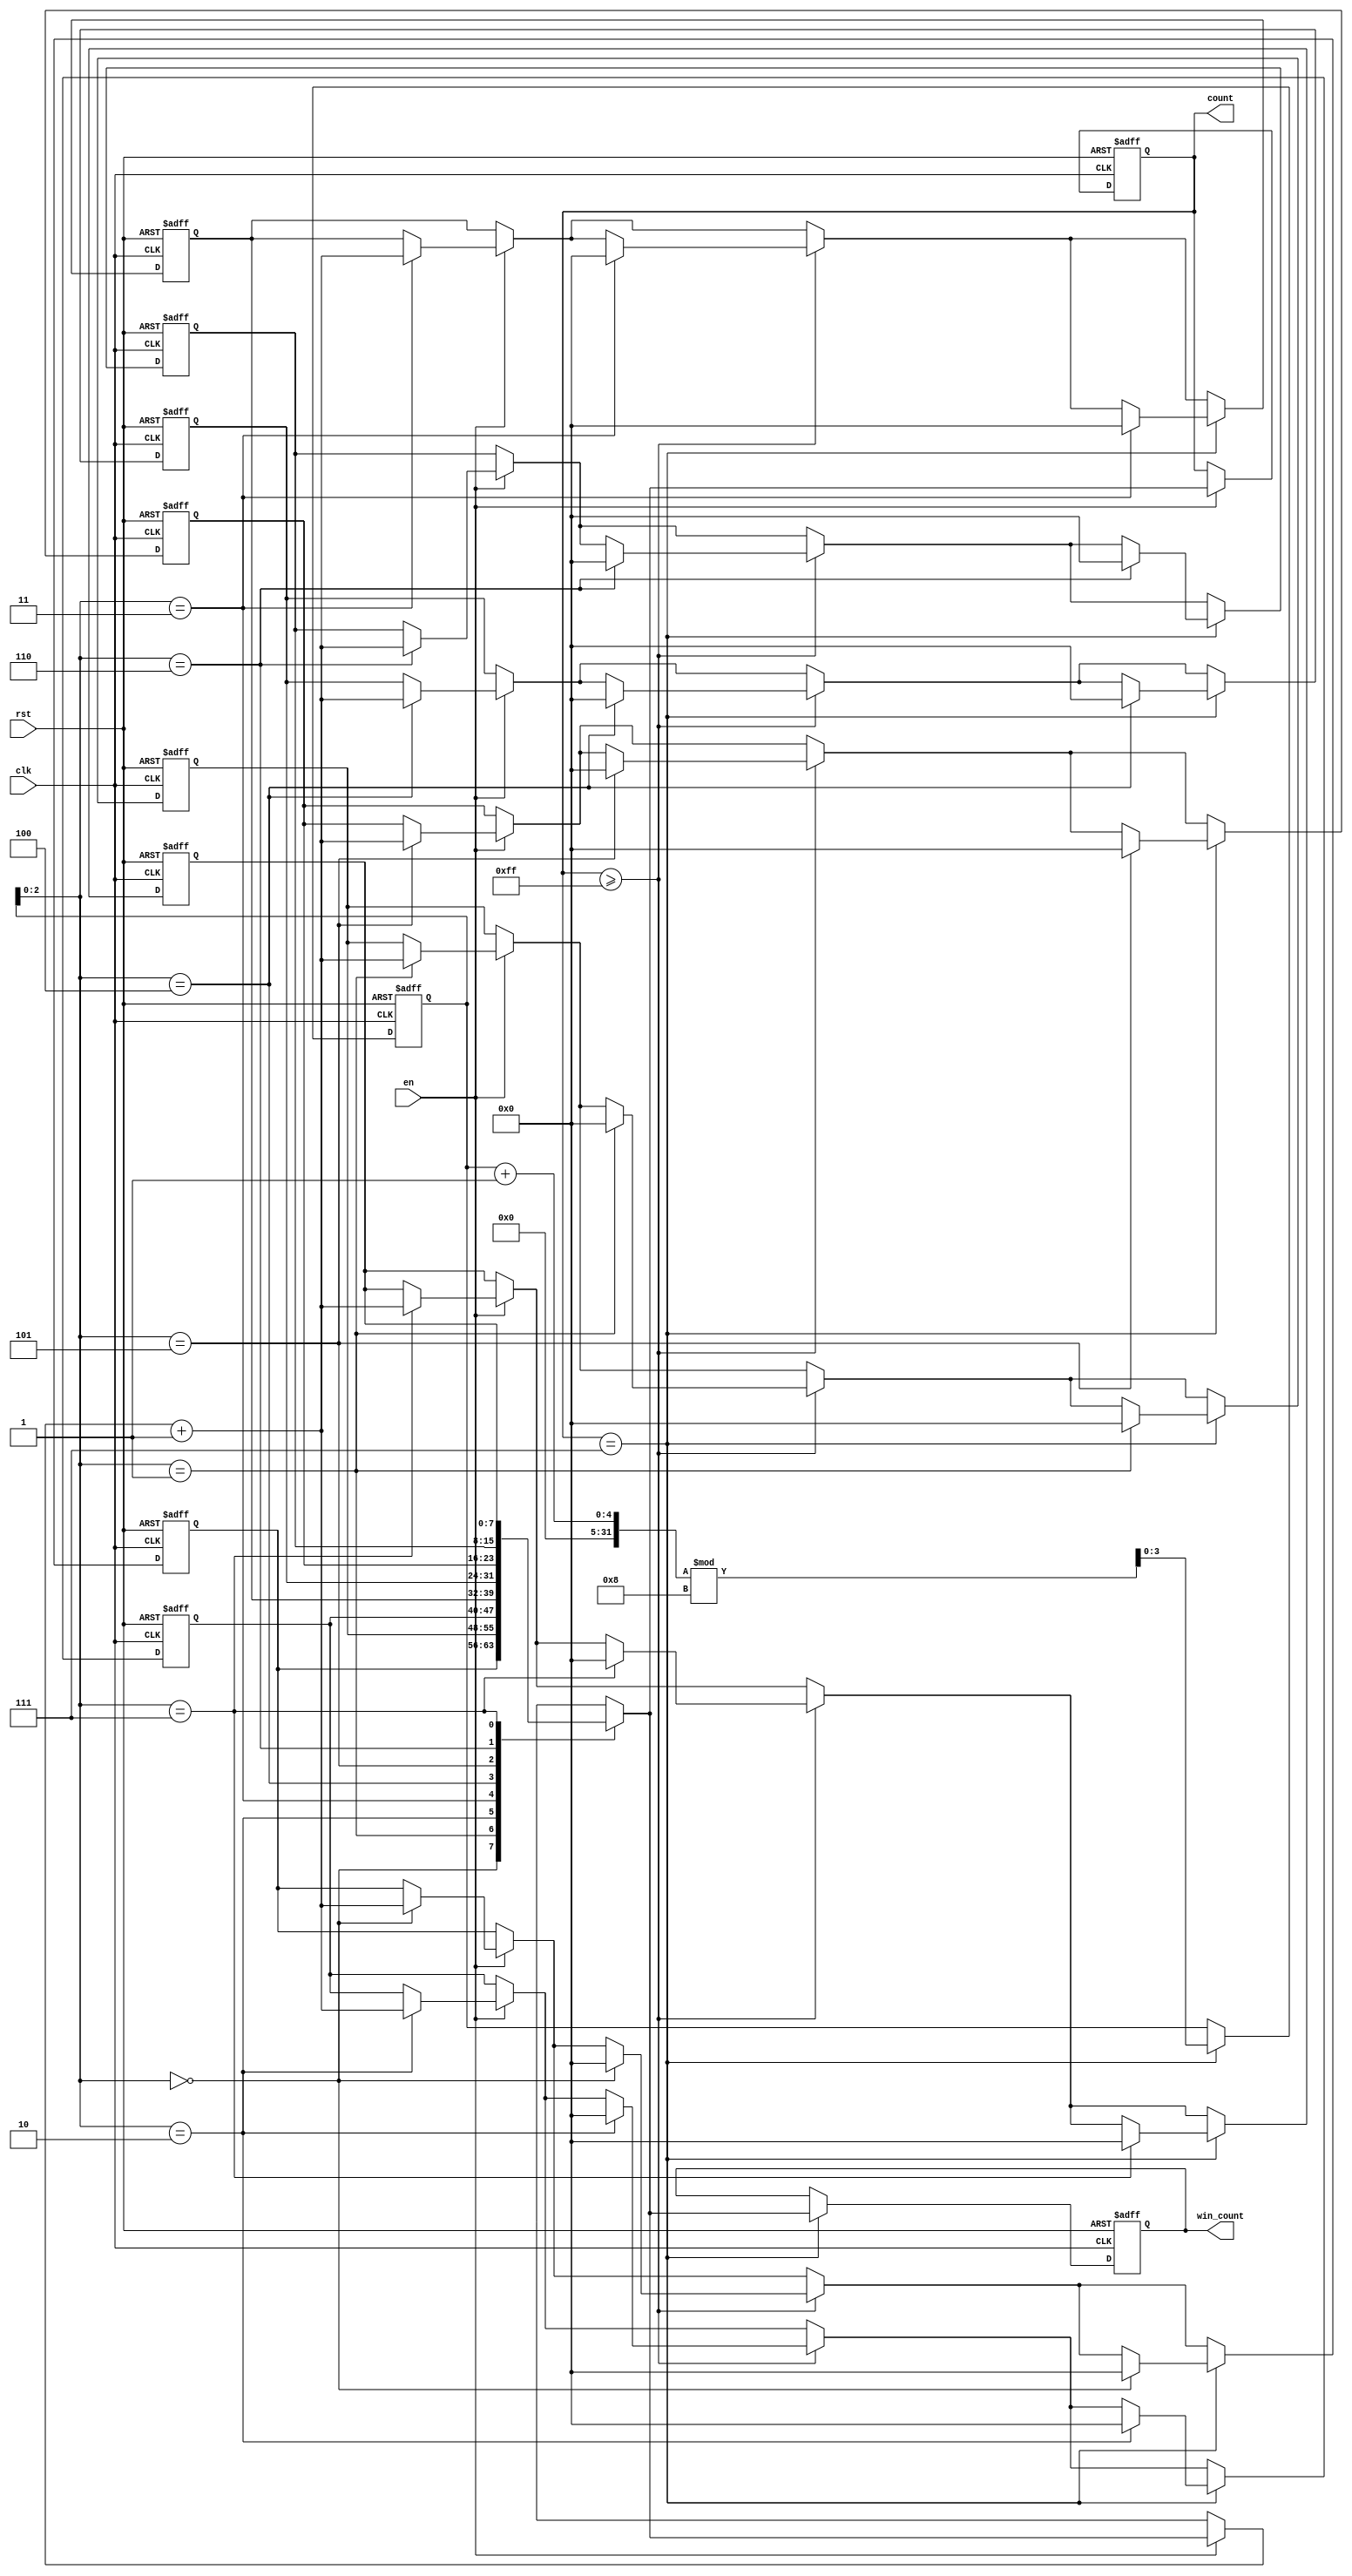
module MemoryBlocksWindowedCounter #(
    parameter WIN_SIZE = 8, // Define the window size (number of clock cycles)
    parameter COUNT_WIDTH = 8 // Define the width of the count value
)(
    input wire clk,          // Clock signal
    input wire rst,          // Asynchronous reset signal
    input wire en,           // Enable signal for counting
    output reg [COUNT_WIDTH-1:0] count, // Current count value
    output reg [COUNT_WIDTH-1:0] win_count // Windowed count value
);

    // Memory block to store counts for each window
    reg [COUNT_WIDTH-1:0] memory [0:WIN_SIZE-1];
    reg [3:0] window_index; // Index to track the current window

    // Initialize the memory and window index
    integer i;
    initial begin
        for (i = 0; i < WIN_SIZE; i = i + 1) begin
            memory[i] = 0;
        end
        window_index = 0;
        count = 0;
        win_count = 0;
    end

    // Counting logic
    always @(posedge clk or posedge rst) begin
        if (rst) begin
            // Reset all counts and window index
            for (i = 0; i < WIN_SIZE; i = i + 1) begin
                memory[i] = 0;
            end
            window_index = 0;
            count = 0;
            win_count = 0;
        end else begin
            // Increment count if enabled
            if (en) begin
                memory[window_index] <= memory[window_index] + 1;
                count <= memory[window_index];
            end
            
            // Update window count and manage window transitions
            if (count >= (1 << COUNT_WIDTH) - 1) begin
                // Handle overflow
                memory[window_index] <= 0; // Reset current window count on overflow
            end

            // Move to the next window after WIN_SIZE clock cycles
            if (count == WIN_SIZE - 1) begin
                win_count <= memory[window_index]; // Store the count for the current window
                window_index <= (window_index + 1) % WIN_SIZE; // Wrap around the window index
                memory[window_index] <= 0; // Reset the count for the new window
            end
        end
    end

endmodule